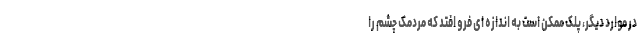
در موارد دیگر، پلک ممکن است به اندازه ای فرو افتد که مردمک چشم را